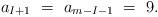
LaTeX: \begin{align*} a_{I+1} \ =\ a_{m-I-1} \ =\ 9.\end{align*}